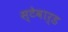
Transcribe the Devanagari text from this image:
स्टेवार्ड